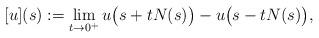
LaTeX: \begin{align*}[u](s):=\lim_{t\to 0^+}u\big (s+tN(s)\big)-u\big(s-tN(s)\big),\end{align*}